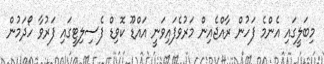
މިބަލީގައި އެންމެ ފަހުން ރާއްޖެއިން މަރުވެފައިވަނީ އައްޑޫ ކޮވިޑް ފެސިލިޓީގައި ފަރުވާ ހޯދަމުން